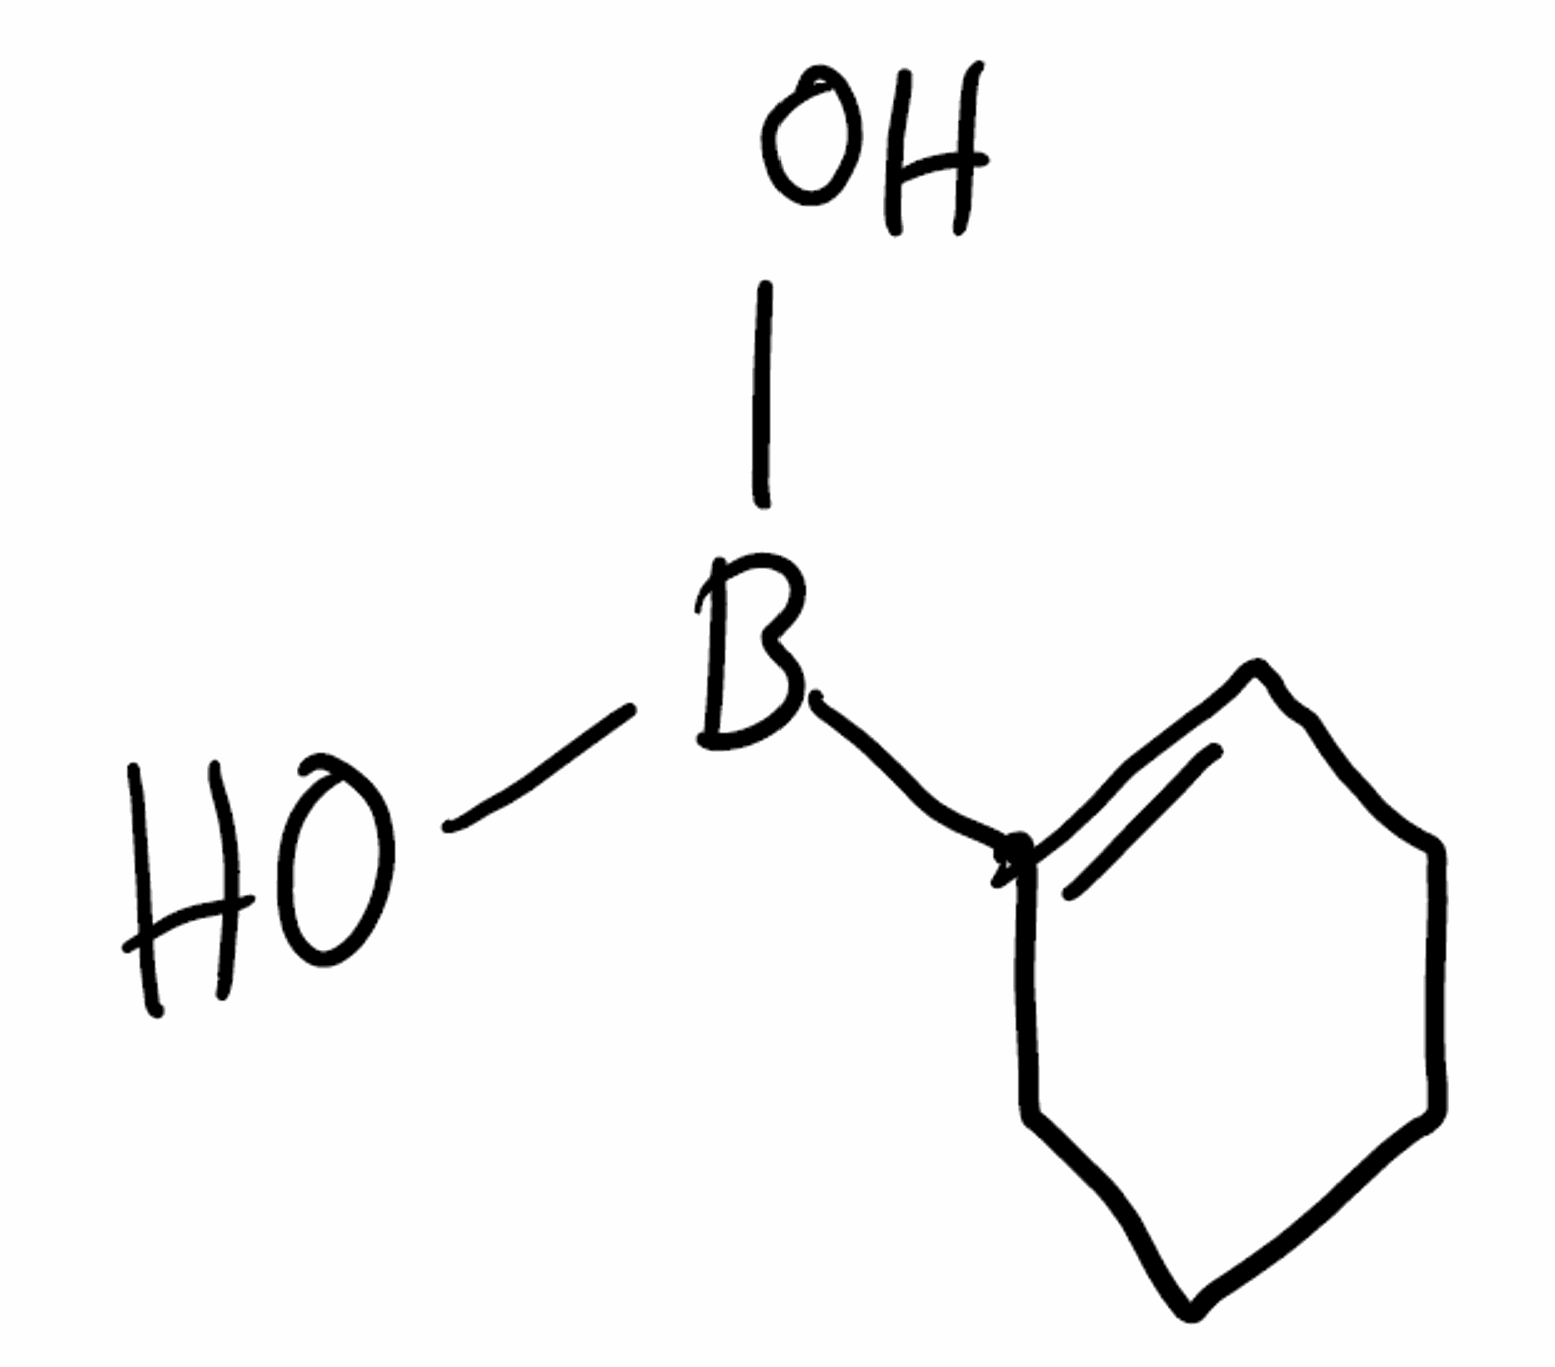
Simplified molecular-input line-entry system (SMILES) notation of the given molecule:
B(C1=CCCCC1)(O)O